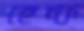
হেন্ক